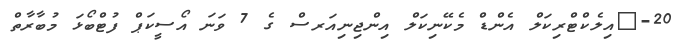
20-	އިލެކްޓްރިކަލް އެންޑް މެކޭނިކަލް އިންޖިނިއަރސް ގެ 7 ވަނަ އޯސީކަޕް ފުޓްބޯޅަ މުބާރާތް